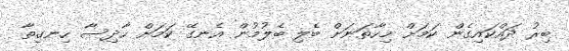
ބިރު ދައްކައިގެން ކަމަށް މިހާތަނަށް ބެލި ބެލުމުން އެނގޭ ކަމަށް ހާދިސާ ހިނގިތާ